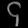
Digit: ၄